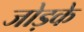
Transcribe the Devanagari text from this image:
जोड़के